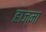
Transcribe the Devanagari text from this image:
हाज्मा